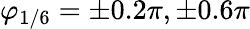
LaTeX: \varphi_{1/6}=\pm 0.2\pi,\pm 0.6\pi